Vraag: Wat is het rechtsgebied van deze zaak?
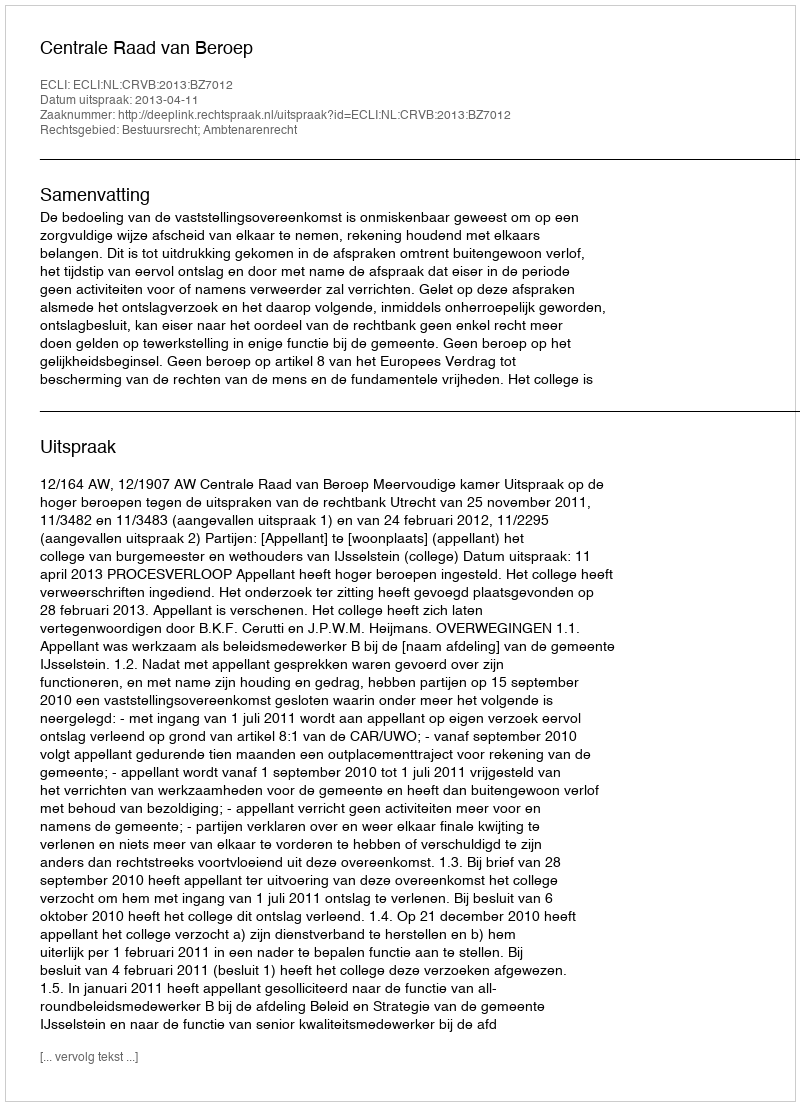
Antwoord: Bestuursrecht; Ambtenarenrecht